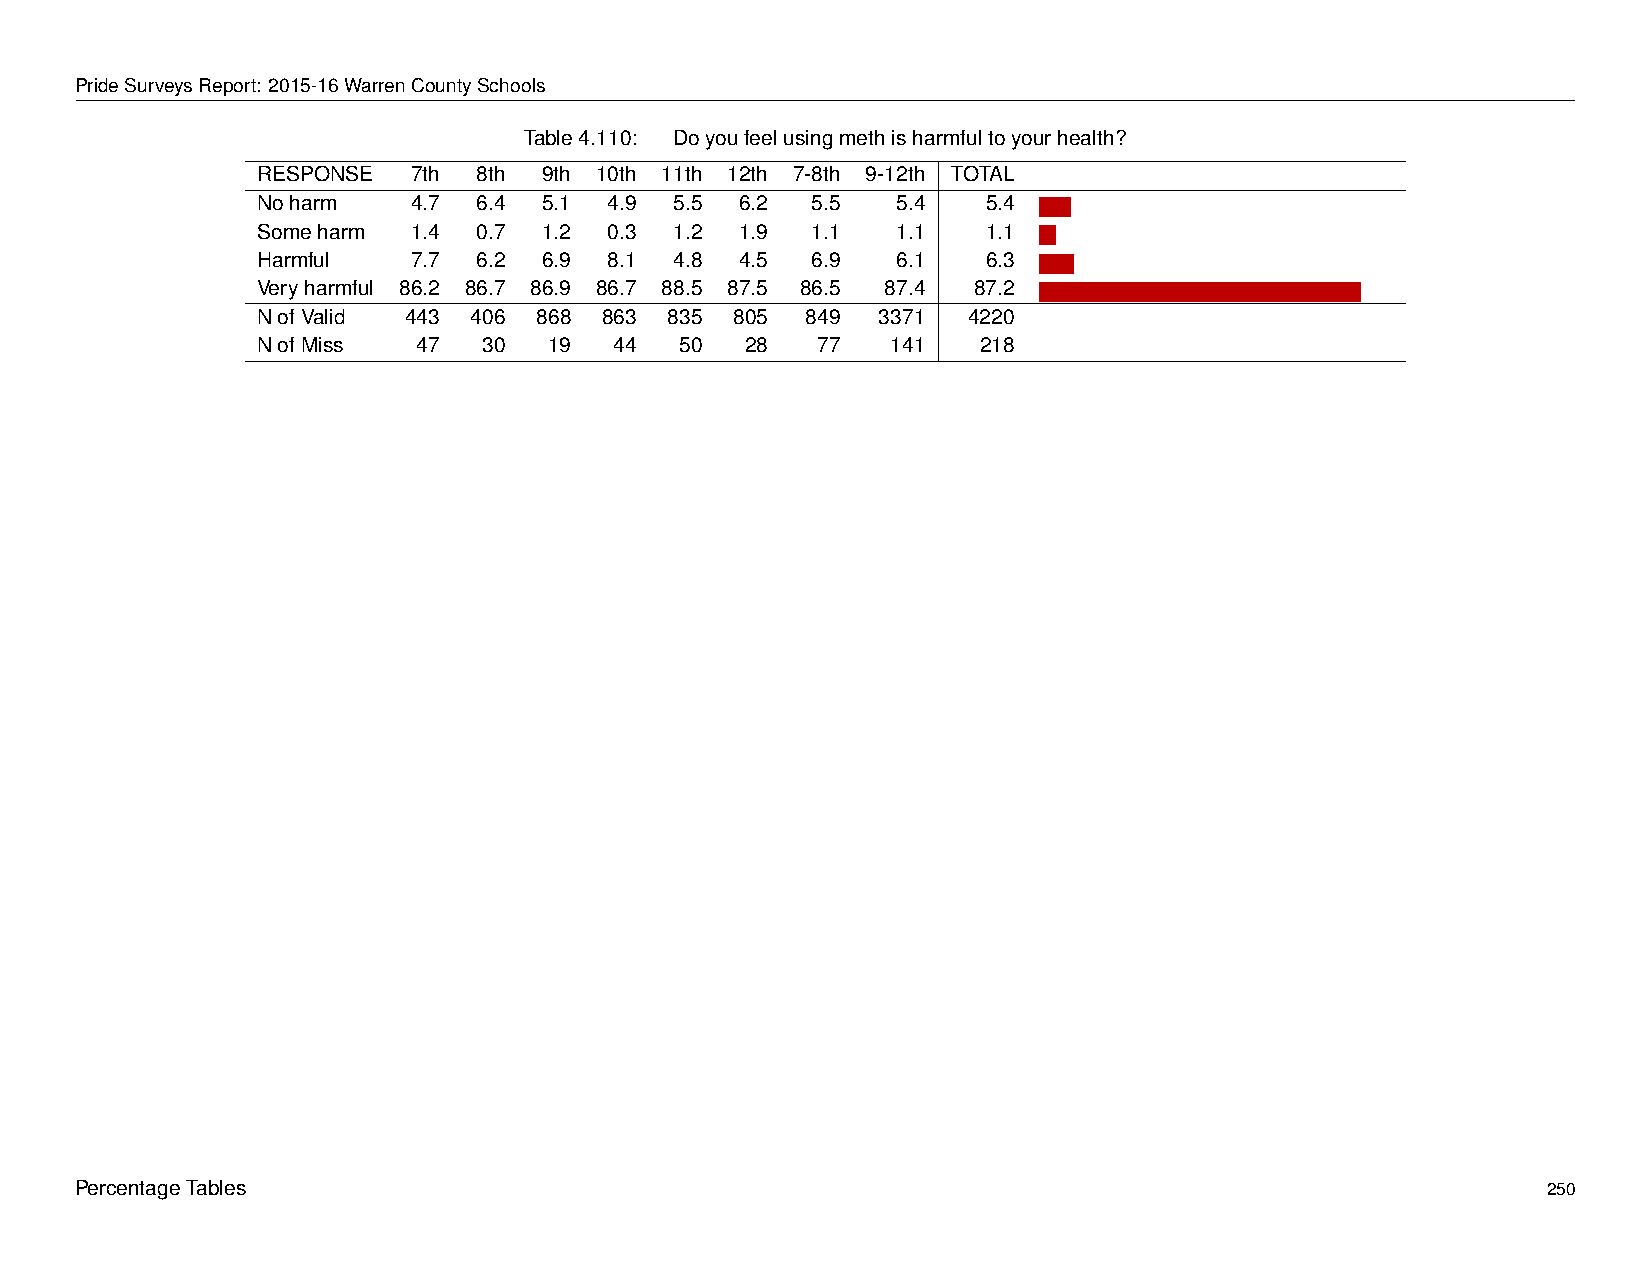
PrideSurveysReport: 2015-16WarrenCountySchools
 Table4.110: Doyoufeelusingmethisharmfultoyourhealth?
 RESPONSE  7th  8th 9th 10th 11th 12th 7-8th 9-12th TOTAL
 Noharm    4.7  6.4 5.1 4.9  5.5 6.2  5.5  5.4   5.4 -
 Someharm  1.4  0.7 1.2 0.3  1.2 1.9  1.1  1.1   1.1 -
 Harmful   7.7  6.2 6.9 8.1  4.8 4.5  6.9  6.1   6.3 -
 Veryharmful 86.2 86.7 86.9 86.7 88.5 87.5 86.5 87.4 87.2 -
 NofValid  443 406  868 863 835  805 849  3371  4220
 NofMiss    47  30  19   44  50  28   77   141   218
 PercentageTables                                                                                 250